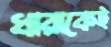
ধারাকেই